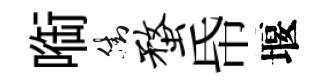
㗸街蝥帋堰